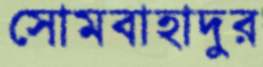
সোমবাহাদুর